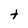
Character: t